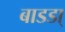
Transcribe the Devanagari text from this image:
बाडडा्